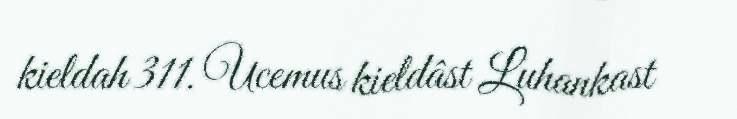
kieldah 311. Ucemus kieldâst Luhankast